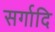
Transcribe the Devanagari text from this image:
सर्गादि